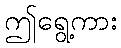
ဤရွေ့ကား